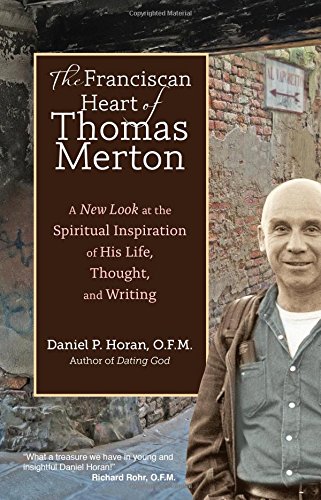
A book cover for The Franciscan Heart of Thomas Merton: A New Look at the Spiritual Inspiration of His Life, Thought, and Writing; Daniel P. Horan; Christian Books & Bibles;